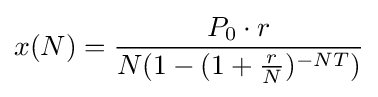
x(N)={\frac {P_{0}\cdot r}{N(1-(1+{\frac {r}{N}})^{-NT})}}